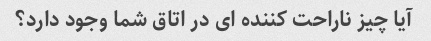
آیا چیز ناراحت کننده ای در اتاق شما وجود دارد؟